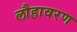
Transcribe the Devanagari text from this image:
लौहावरण